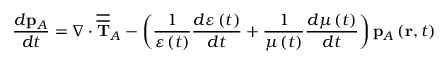
\frac { d \mathbf { p } _ { A } } { d t } = \nabla \cdot \overline { { \overline { { \mathbf { T } } } } } _ { A } - \left( \frac { 1 } { \varepsilon \left( t \right) } \frac { d \varepsilon \left( t \right) } { d t } + \frac { 1 } { \mu \left( t \right) } \frac { d \mu \left( t \right) } { d t } \right) \mathbf { p } _ { A } \left( \mathbf { r } , t \right)